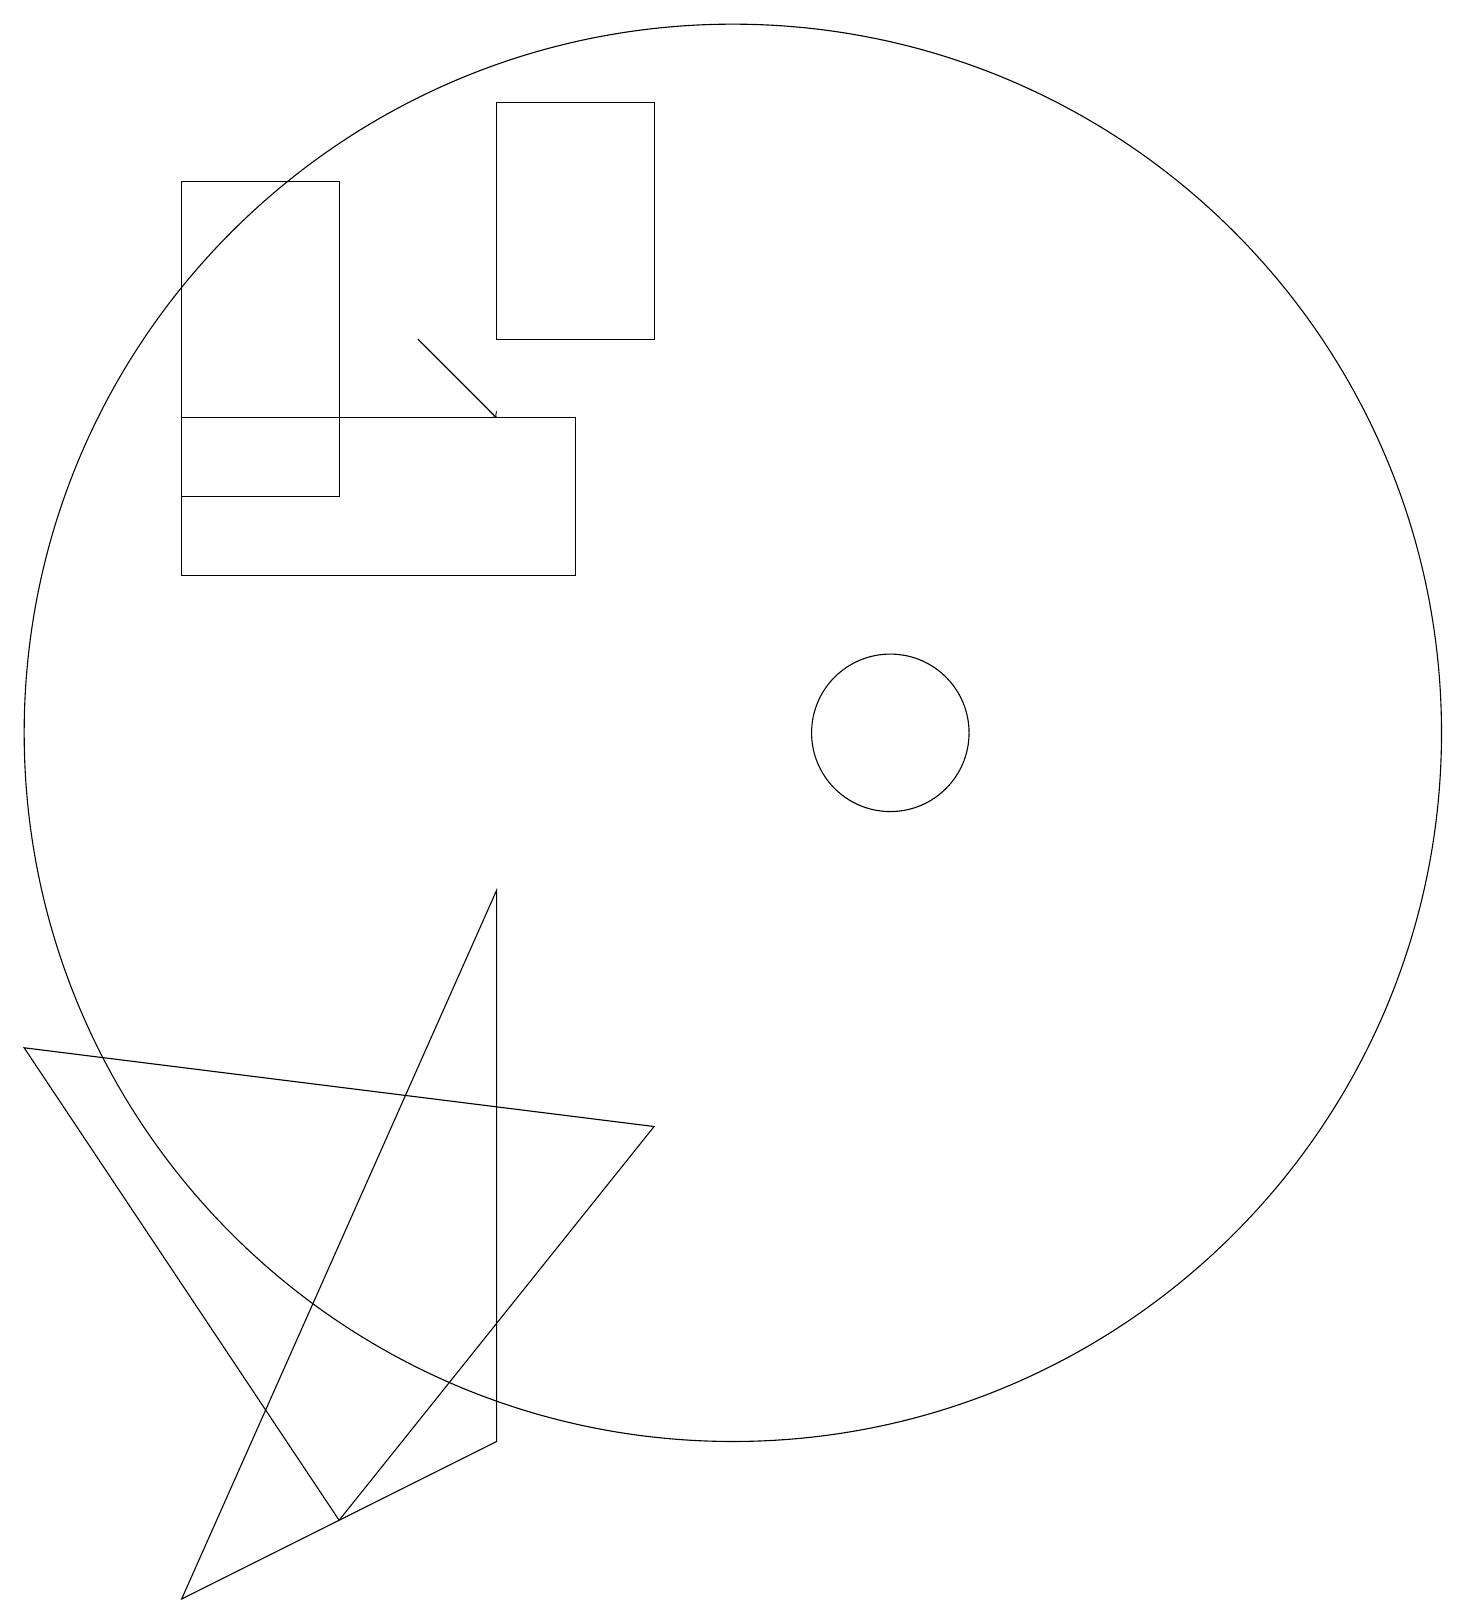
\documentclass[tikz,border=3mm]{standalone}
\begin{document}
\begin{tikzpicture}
\draw (1,7) -- (9,6) -- (5,1) -- cycle;
\draw (9,19) rectangle (7,16);
\draw (10,11) circle (9);
\draw[->] (6,16) -- (7,15);
\draw (12,11) circle (1);
\draw (3,14) rectangle (5,18);
\draw (8,13) rectangle (3,15);
\draw (7,2) -- (3,0) -- (7,9) -- cycle;
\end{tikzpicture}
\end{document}